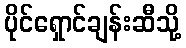
ပိုင်ရှောင်ချန်းဆီသို့